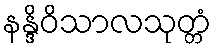
နန္ဒိဝိသာလသုတ္တံ